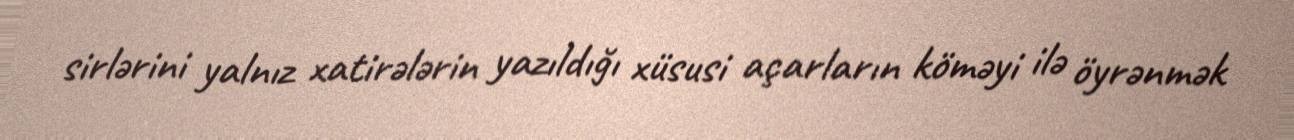
sirlərini yalnız xatirələrin yazıldığı xüsusi açarların köməyi ilə öyrənmək